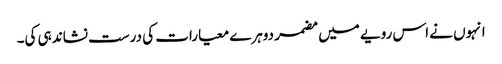
انہوں نے اس رویے میں مضمر دوہرے معیارات کی درست نشاندہی کی۔